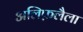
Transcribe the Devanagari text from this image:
अलिफ़लैला